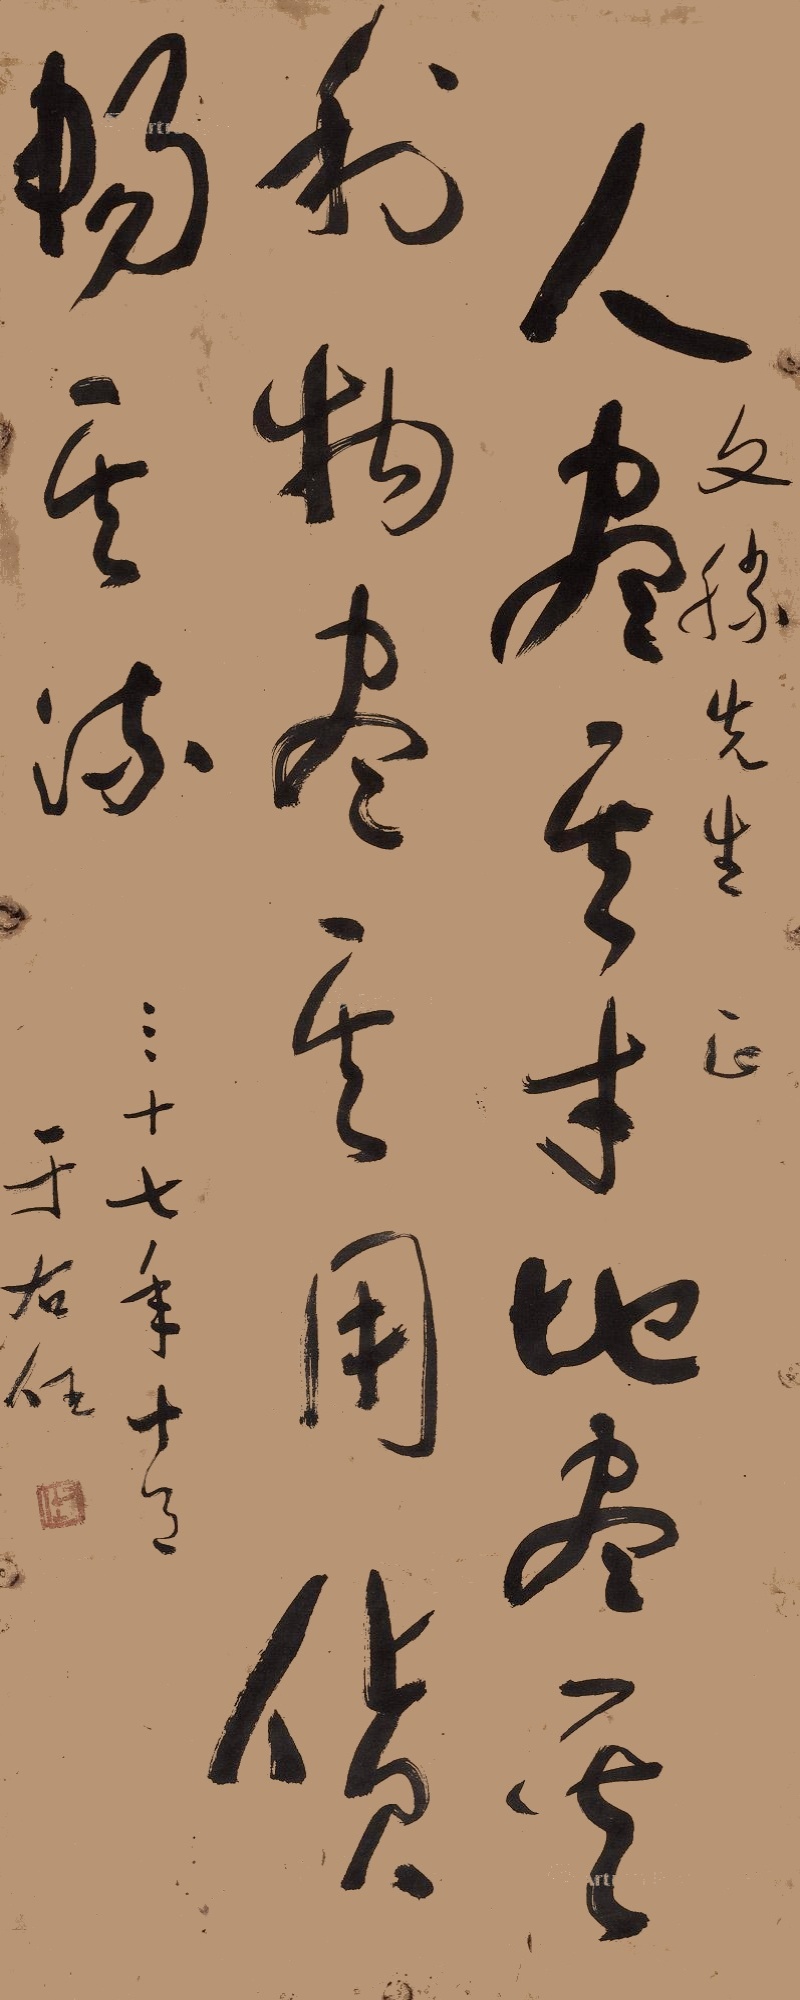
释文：人尽其才，地尽其利，物尽其用，货畅其流。文胜先生。三十七年十月，于右任。